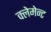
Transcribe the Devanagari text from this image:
क्लेमेन्ट